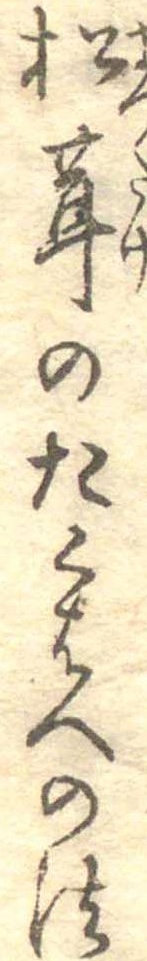
松茸のたくはへの法